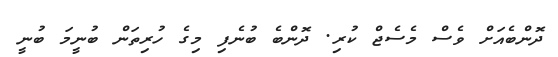
ދޮންބެއަށް ވެސް މެސެޖް ކުރި. ދޮންބެ ބުނެފި މިގެ ހުރިތަން ބުނީމަ ބުނީ